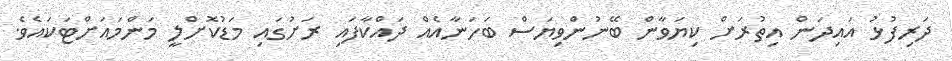
ދަރިފުޅު އައިދަން އިތުރަށް ކިޔަވާން ބޭނުންވިޔަސް ބަހަނާއެއް ދައްކާފައި ރަށުގައި މަޑުކޮށްލީ މަންމައަށްޓަކައެވެ.